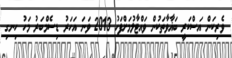
ވެރިކަން އަސްކަރީ ބަޣާވާތަކުން ވައްޓާލުމަށްފަހު 2013 ވަނަ އަހަރު ޑިސެމްބަރު މަހު ހިނގި